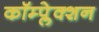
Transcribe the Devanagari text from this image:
कॉम्प्लेक्शन